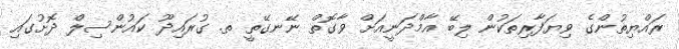
ރައްޔިތުންގެ ވިޔަފާރިތަކުން ލިބޭ އާމްދަނީއަށް ވާގޮތް ނޭނގޭތީ ތ. ގުރައިދޫ ކައުންސިލް ދޮށުގައި